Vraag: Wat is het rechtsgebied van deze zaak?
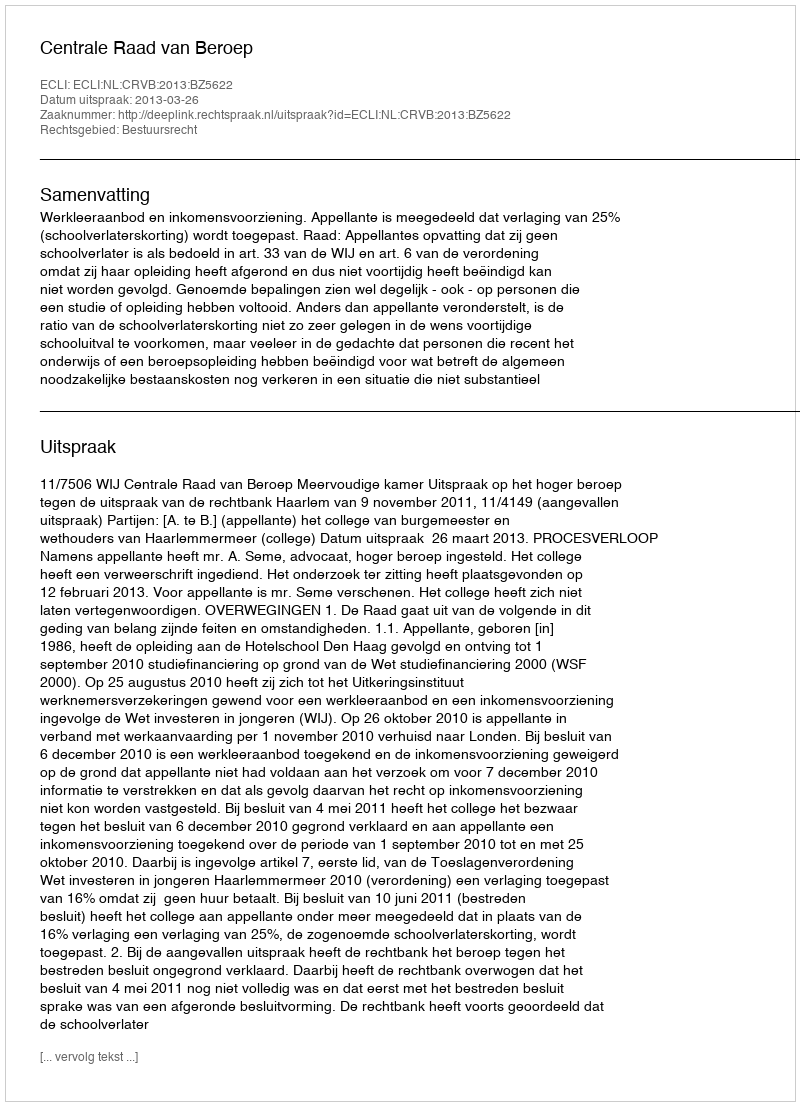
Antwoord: Bestuursrecht